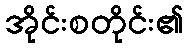
အိုင်းစတိုင်း၏